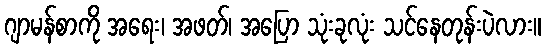
ဂျာမန်စာကို အရေး၊ အဖတ်၊ အပြော သုံးခုလုံး သင်နေတုန်းပဲလား။